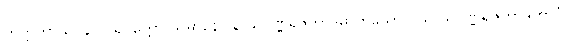
တတ္တကာယဂ္ဂိနာ ပရိပက္ကော သမာနော န သုဝဏ္ဏရဇတာဒိဓာတုယော ဝိယ သုဝဏ္ဏရဇတာဒိဘာဝံ